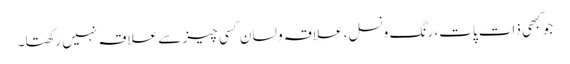
جو کبھی ذات پات، رنگ ونسل، علاقہ و لسان کسی چیز سے علاقہ نہیں رکھتا۔